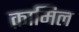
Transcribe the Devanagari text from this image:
क़ामिल